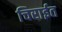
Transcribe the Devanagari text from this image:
चिराईत